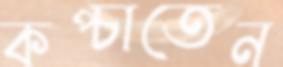
কপ্‌চাতেন